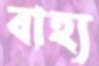
বাহ্য